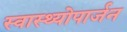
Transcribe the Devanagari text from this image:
स्वास्थ्योपार्जन